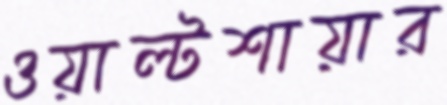
ওয়াল্টশায়ার